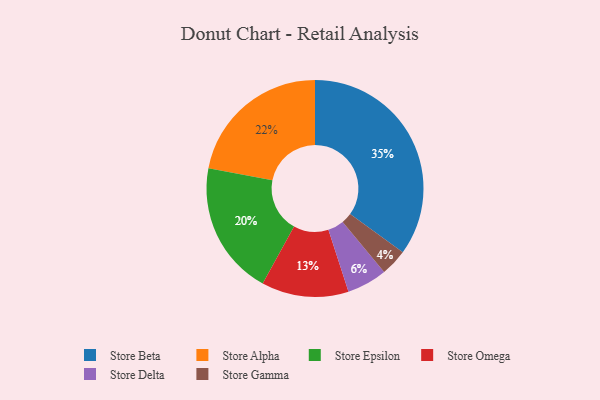
{"axis": {"x": "Category", "y": "Percentage"}, "legend": ["Store Alpha", "Store Beta", "Store Delta", "Store Epsilon", "Store Gamma", "Store Omega"], "data": [{"x": "Store Alpha", "y": 22, "type": "Store Alpha"}, {"x": "Store Beta", "y": 35, "type": "Store Beta"}, {"x": "Store Delta", "y": 6, "type": "Store Delta"}, {"x": "Store Epsilon", "y": 20, "type": "Store Epsilon"}, {"x": "Store Gamma", "y": 4, "type": "Store Gamma"}, {"x": "Store Omega", "y": 13, "type": "Store Omega"}]}